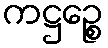
ကဋ္ဌဉ္စေ